Indian journal of veterinary science and animal husbandry - Volume 12,
Year: 1942
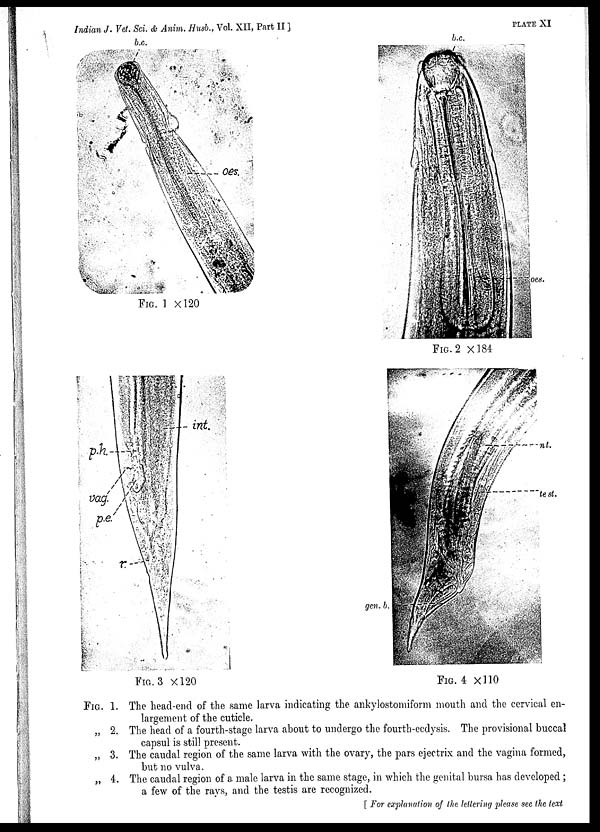
Indian J. Vet. Sci. & Anim. Husb., Vol. XII, Part II
]
PLATE
XI
FIG. 1. The head-end of the same larva indicating the ankylostomiform mouth and the cervical en-
largement of the cuticle.
„ 2. The head of a fourth-stage larva about to undergo the fourth-ecdysis. The provisional buccal
capsul is still present.
„ 3. The caudal region of the same larva with the ovary, the pars ejectrix and the vagina formed,
but no vulva.
„ 4. The caudal region of a, male larva in the same stage, in which the genital bursa has developed ;
a few of the rays, and the testis are recognized.
[ For explanation of the lettering please see the text
FIG. 1 ×120
FIG. 2 ×184
FIG. 3 ×120
FIG. 4 ×110